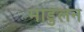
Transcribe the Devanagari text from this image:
माडुलन